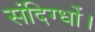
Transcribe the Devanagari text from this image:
संदिग्धों।